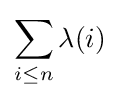
\sum _{i\leq n}\lambda (i)